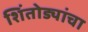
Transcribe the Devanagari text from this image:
शिंतोड्यांचा